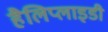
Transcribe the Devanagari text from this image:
हैलिप्लाइडी